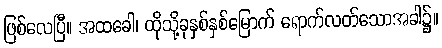
ဖြစ်လေပြီ။ အထခေါ၊ ထိုသို့ခုနှစ်နှစ်မြောက် ရောက်လတ်သောအခါ၌။